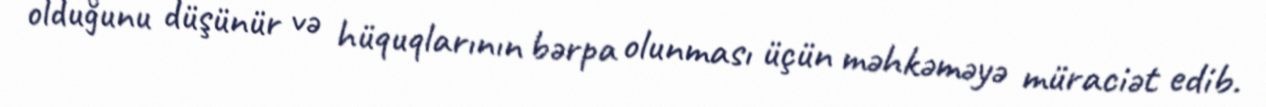
olduğunu düşünür və hüquqlarının bərpa olunması üçün məhkəməyə müraciət edib.